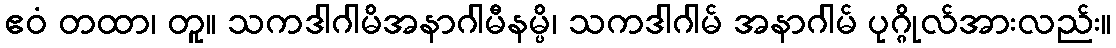
ဧဝံ တထာ၊ တူ။ သကဒါဂါမိအနာဂါမီနမ္ပိ၊ သကဒါဂါမ် အနာဂါမ် ပုဂ္ဂိုလ်အားလည်း။